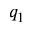
q _ { 1 }